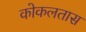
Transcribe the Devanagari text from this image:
कोकलतास